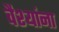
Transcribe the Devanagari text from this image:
वैश्यांना